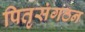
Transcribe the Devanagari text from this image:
पितृसंगठन